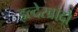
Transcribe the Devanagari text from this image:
इल्देरब्रांदो